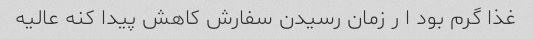
غذا گرم بود ا ر زمان رسیدن سفارش کاهش پیدا کنه عالیه